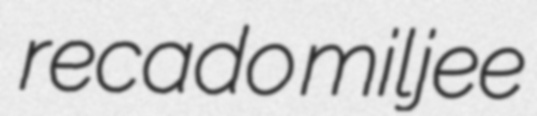
recado miljee